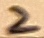
Text: 2